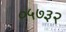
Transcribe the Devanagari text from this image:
०५७३२